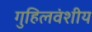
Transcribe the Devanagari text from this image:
गुहिलवंशीय